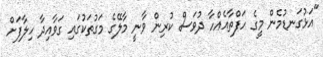
"އަޅުގަނޑުމެން މީގެ ހަފްތާއެއްހާ ދުވަސް ކުރިން ވާނީ މާލޭގެ މަގުތަކުގައި ގަވާއިދާ ހިލާފަށް